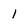
Character: 1